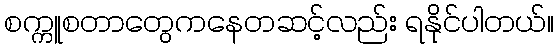
စက္ကူစတာတွေကနေတဆင့်လည်း ရနိုင်ပါတယ်။